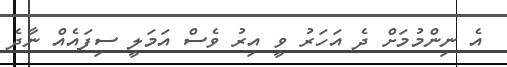
އެ ނިންމުމަށް ދެ އަހަރު ވީ އިރު ވެސް އަމަލީ ސިފައެއް ނާދެ